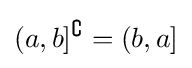
(a,b]^{\complement }=(b,a]